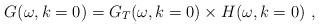
LaTeX: \begin{align*}G(\omega ,k=0)=G_{T}(\omega ,k=0)\times H(\omega ,k=0)\ ,\end{align*}